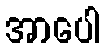
အာပေါ